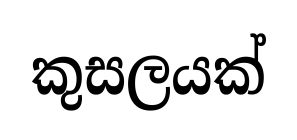
කුසලයක්